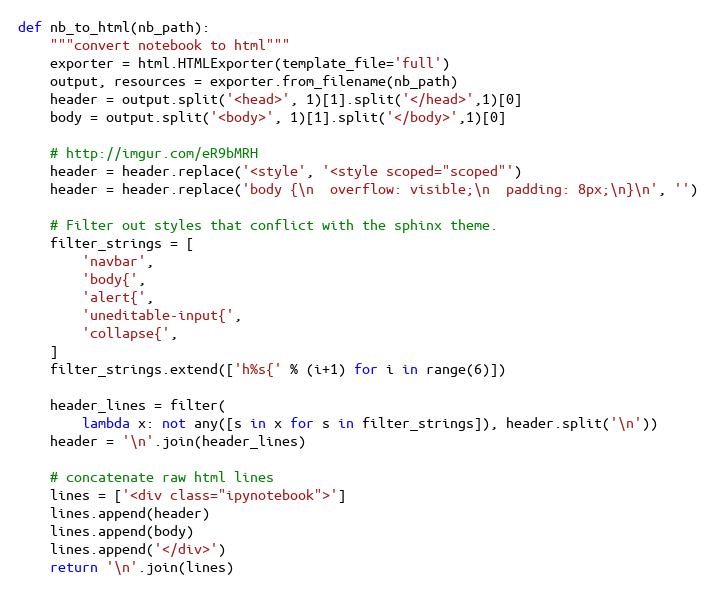
Language: Python
def nb_to_html(nb_path):
    """convert notebook to html"""
    exporter = html.HTMLExporter(template_file='full')
    output, resources = exporter.from_filename(nb_path)
    header = output.split('<head>', 1)[1].split('</head>',1)[0]
    body = output.split('<body>', 1)[1].split('</body>',1)[0]

    # http://imgur.com/eR9bMRH
    header = header.replace('<style', '<style scoped="scoped"')
    header = header.replace('body {\n  overflow: visible;\n  padding: 8px;\n}\n', '')

    # Filter out styles that conflict with the sphinx theme.
    filter_strings = [
        'navbar',
        'body{',
        'alert{',
        'uneditable-input{',
        'collapse{',
    ]
    filter_strings.extend(['h%s{' % (i+1) for i in range(6)])

    header_lines = filter(
        lambda x: not any([s in x for s in filter_strings]), header.split('\n'))
    header = '\n'.join(header_lines)

    # concatenate raw html lines
    lines = ['<div class="ipynotebook">']
    lines.append(header)
    lines.append(body)
    lines.append('</div>')
    return '\n'.join(lines)